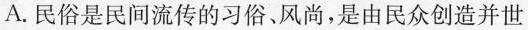
A.民俗是民间流传的习俗、风尚，是由民众创造并世